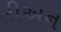
તીઅન